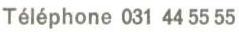
Téléphone 031 44 55 55